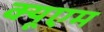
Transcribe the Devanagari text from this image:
क्यूएम